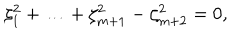
LaTeX: \zeta _ { 1 } ^ { 2 } + \ldots + \zeta _ { m + 1 } ^ { 2 } - \zeta _ { m + 2 } ^ { 2 } = 0 ,